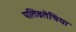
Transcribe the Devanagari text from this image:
पतिव्रतेचिया